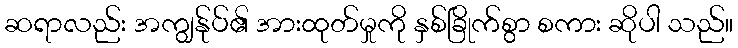
ဆရာလည်း အကျွန်ုပ်၏ အားထုတ်မှုကို နှစ်ခြိုက်စွာ စကား ဆိုပါ သည်။